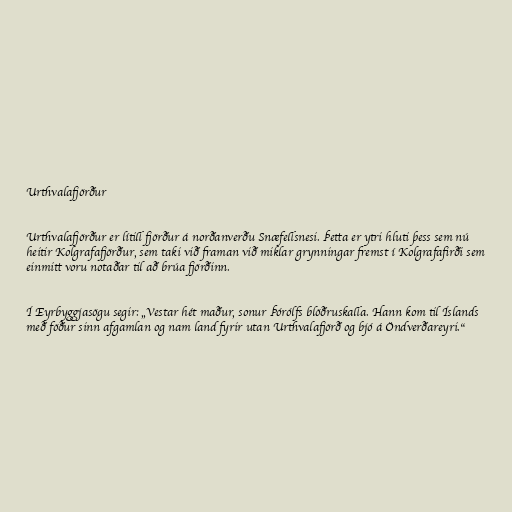
Urthvalafjörður

Urthvalafjörður er lítill fjörður á norðanverðu Snæfellsnesi. Þetta er ytri hluti þess sem nú
heitir Kolgrafafjörður, sem taki við framan við miklar grynningar fremst í Kolgrafafirði sem
einmitt voru notaðar til að brúa fjörðinn.

Í Eyrbyggjasögu segir: „Vestar hét maður, sonur Þórólfs blöðruskalla. Hann kom til Íslands
með föður sinn afgamlan og nam land fyrir utan Urthvalafjörð og bjó á Öndverðareyri.“